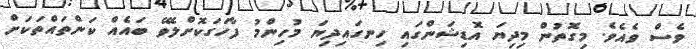
ވެސް ވެއެވެ. މިގޮތުން މިދިޔަ އޮޑިޝަންގައި ހިނގައިދިޔަ މުހިންމު ފާހަގަކޮށްލެވޭ ބައެއް ކަންތައްތަކަށް